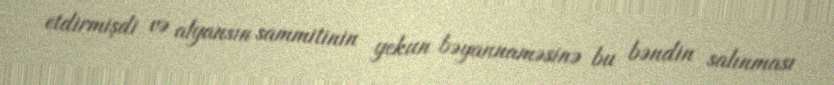
etdirmişdi və alyansın sammitinin yekun bəyannaməsinə bu bəndin salınması